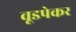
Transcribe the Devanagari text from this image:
वूडपेकर